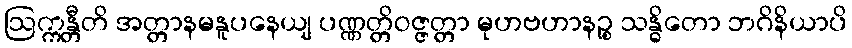
ဩက္ကန္တီတိ အတ္တာနမနူပနေယျ ပဏ္ဏတ္တိဝဇ္ဇတ္တာ မုဟဗဟာနဉ္စ သန္ဓိတော ဘဂိနိယာပိ